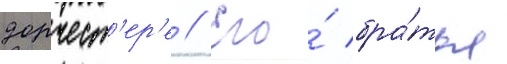
дорчест'ер'е // Его́ бра́тья